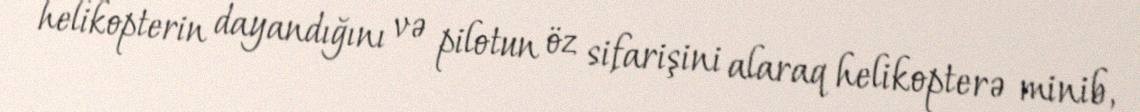
helikopterin dayandığını və pilotun öz sifarişini alaraq helikopterə minib,